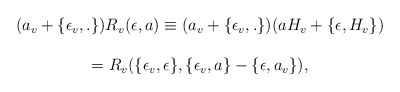
\begin{align*} \begin{array}{c} (a_v+\{\epsilon_v,.\})R_v(\epsilon,a)\equiv(a_v+\{\epsilon_v,.\})(a H_v+\{ \epsilon,H_v\}) \\ \\ =R_v(\{\epsilon_v,\epsilon\},\{\epsilon_v,a \}-\{\epsilon,a_v\}), \end{array}\end{align*}